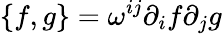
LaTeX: \{ f,g\} =\omega^{ij}\partial_{i}f\partial_{j}g